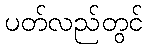
ပတ်လည်တွင်